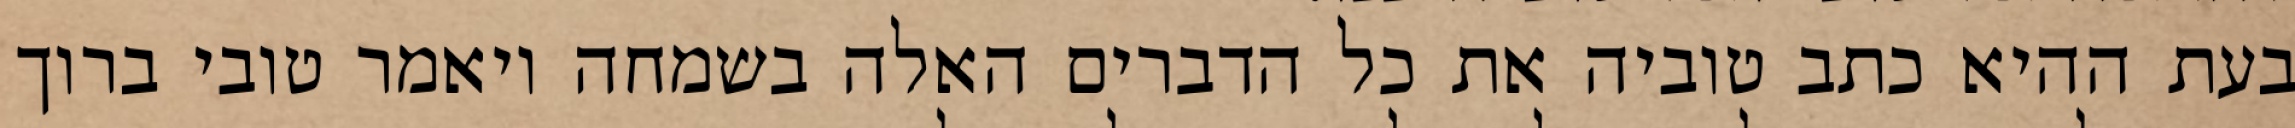
בעת ההיא כתב טוביה את כל הדברים האלה בשמחה ויאמר טובי ברוך